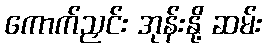
ကောက်ညှင်း အုန်းနို့ ဆမ်း